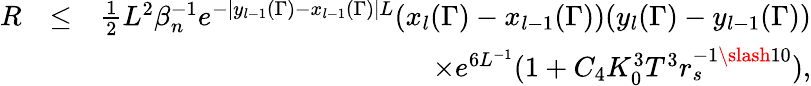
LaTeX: \begin{array}{rlr}{R}&{\leq}&{\frac{1}{2}L^{2}\beta_{n}^{-1}e^{-|y_{l-1}(\Gamma)-x_{l-1}(\Gamma)|L}(x_{l}(\Gamma)-x_{l-1}(\Gamma))(y_{l}(\Gamma)-y_{l-1}(\Gamma))}\\ &{}&{\times e^{6L^{-1}}(1+C_{4}K_{0}^{3}T^{3}r_{s}^{-1\slash 10}),}\end{array}